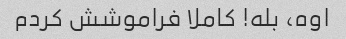
اوه، بله! کاملا فراموشش کردم